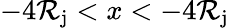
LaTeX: -4\mathcal{R}_{\mathrm{{j}}}<x<-4\mathcal{R}_{\mathrm{{j}}}